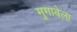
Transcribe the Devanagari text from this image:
मुगाबेला